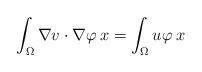
LaTeX: \begin{align*}\int_{\Omega}\nabla v\cdot\nabla\varphi\:x = \int_{\Omega}u\varphi\:x\end{align*}